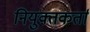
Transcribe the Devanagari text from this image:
नियुक्तकर्ता